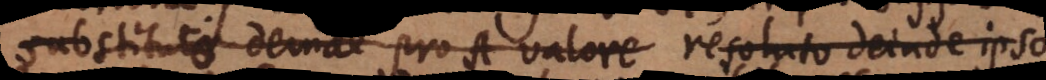
substituto deinde pro A valore resoluto deinde ipso